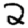
Digit: 2